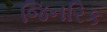
જિનરિક